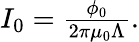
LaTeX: \begin{array}{r}{I_{0}=\frac{\phi_{0}}{2\pi\mu_{0}\Lambda}.}\end{array}